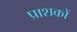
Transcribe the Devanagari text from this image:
प्राशकों